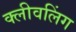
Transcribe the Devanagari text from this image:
क्लीवलिंग